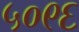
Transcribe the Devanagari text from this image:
५०९६